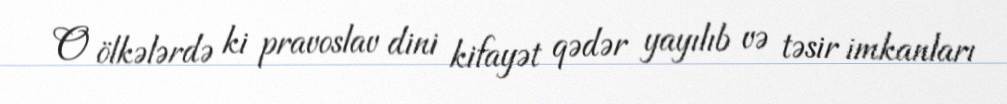
O ölkələrdə ki pravoslav dini kifayət qədər yayılıb və təsir imkanları